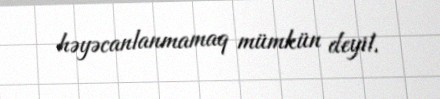
həyəcanlanmamaq mümkün deyil.